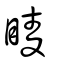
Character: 睖